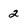
Character: 2